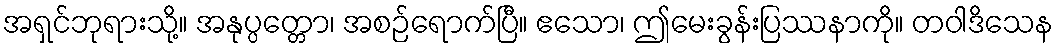
အရှင်ဘုရားသို့။ အနုပ္ပတ္တော၊ အစဉ်ရောက်ပြီ။ ဧသော၊ ဤမေးခွန်းပြဿနာကို။ တဝါဒိသေန